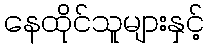
နေထိုင်သူများနှင့်